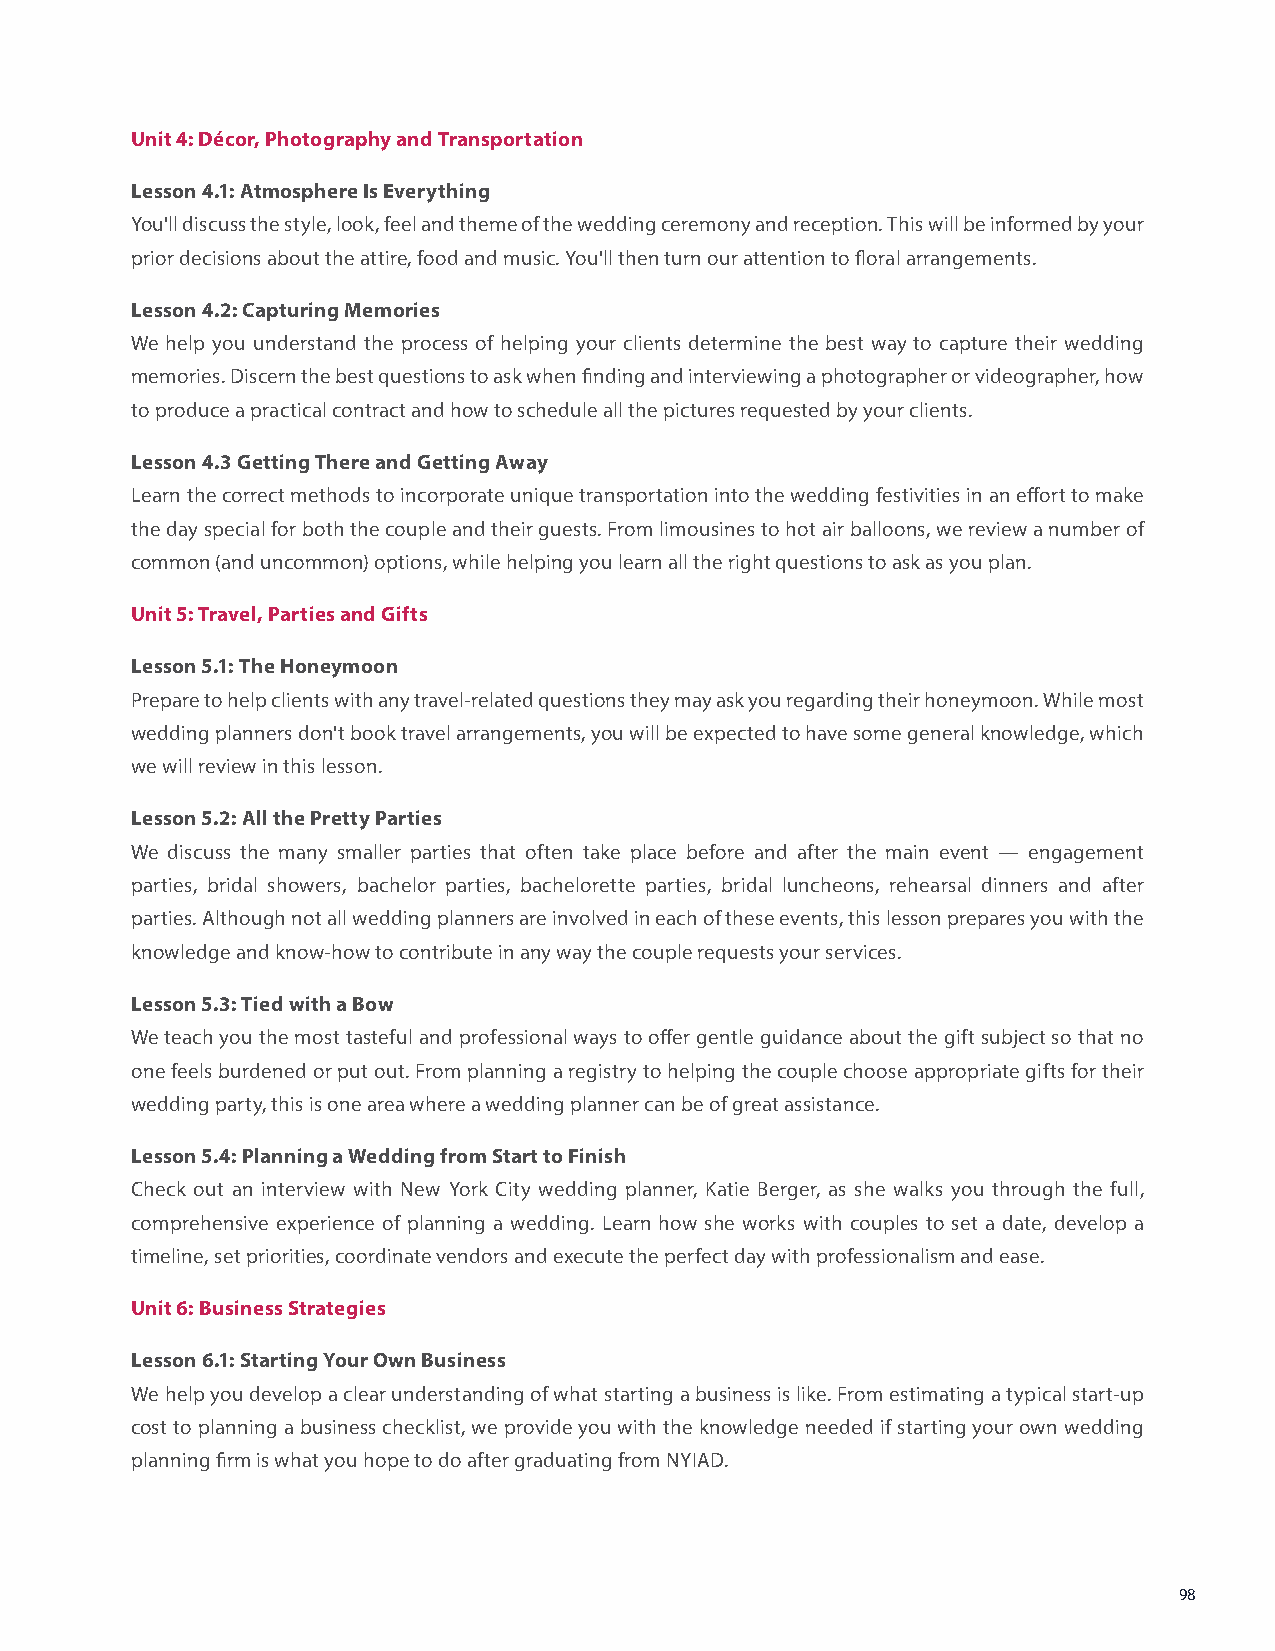
Unit 4: Décor, Photography and Transportation
 Lesson 4.1: Atmosphere Is Everything
 You'll discuss the style, look, feel and theme of the wedding ceremony and reception. This will be informed by your
 prior decisions about the attire, food and music. You'll then turn our attention to floral arrangements.
 Lesson 4.2: Capturing Memories
 We help you understand the process of helping your clients determine the best way to capture their wedding
 memories. Discern the best questions to ask when finding and interviewing a photographer or videographer, how
 to produce a practical contract and how to schedule all the pictures requested by your clients.
 Lesson 4.3 Getting There and Getting Away
 Learn the correct methods to incorporate unique transportation into the wedding festivities in an effort to make
 the day special for both the couple and their guests. From limousines to hot air balloons, we review a number of
 common (and uncommon) options, while helping you learn all the right questions to ask as you plan.
 Unit 5: Travel, Parties and Gifts
 Lesson 5.1: The Honeymoon
 Prepare to help clients with any travel-related questions they may ask you regarding their honeymoon. While most
 wedding planners don't book travel arrangements, you will be expected to have some general knowledge, which
 we will review in this lesson.
 Lesson 5.2: All the Pretty Parties
 We discuss the many smaller parties that often take place before and after the main event — engagement
 parties, bridal showers, bachelor parties, bachelorette parties, bridal luncheons, rehearsal dinners and after
 parties. Although not all wedding planners are involved in each of these events, this lesson prepares you with the
 knowledge and know-how to contribute in any way the couple requests your services.
 Lesson 5.3: Tied with a Bow
 We teach you the most tasteful and professional ways to offer gentle guidance about the gift subject so that no
 one feels burdened or put out. From planning a registry to helping the couple choose appropriate gifts for their
 wedding party, this is one area where a wedding planner can be of great assistance.
 Lesson 5.4: Planning a Wedding from Start to Finish
 Check out an interview with New York City wedding planner, Katie Berger, as she walks you through the full,
 comprehensive experience of planning a wedding. Learn how she works with couples to set a date, develop a
 timeline, set priorities, coordinate vendors and execute the perfect day with professionalism and ease.
 Unit 6: Business Strategies
 Lesson 6.1: Starting Your Own Business
 We help you develop a clear understanding of what starting a business is like. From estimating a typical start-up
 cost to planning a business checklist, we provide you with the knowledge needed if starting your own wedding
 planning firm is what you hope to do after graduating from NYIAD.
 98